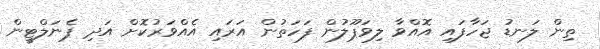
ތިން ލަނޑު ޖަހާފައި އޮއްވާ ލިވަޕޫލުން ފަހަތުން އަރައި އެއްވަރުކޮށް އަދި ޕެނަލްޓީން